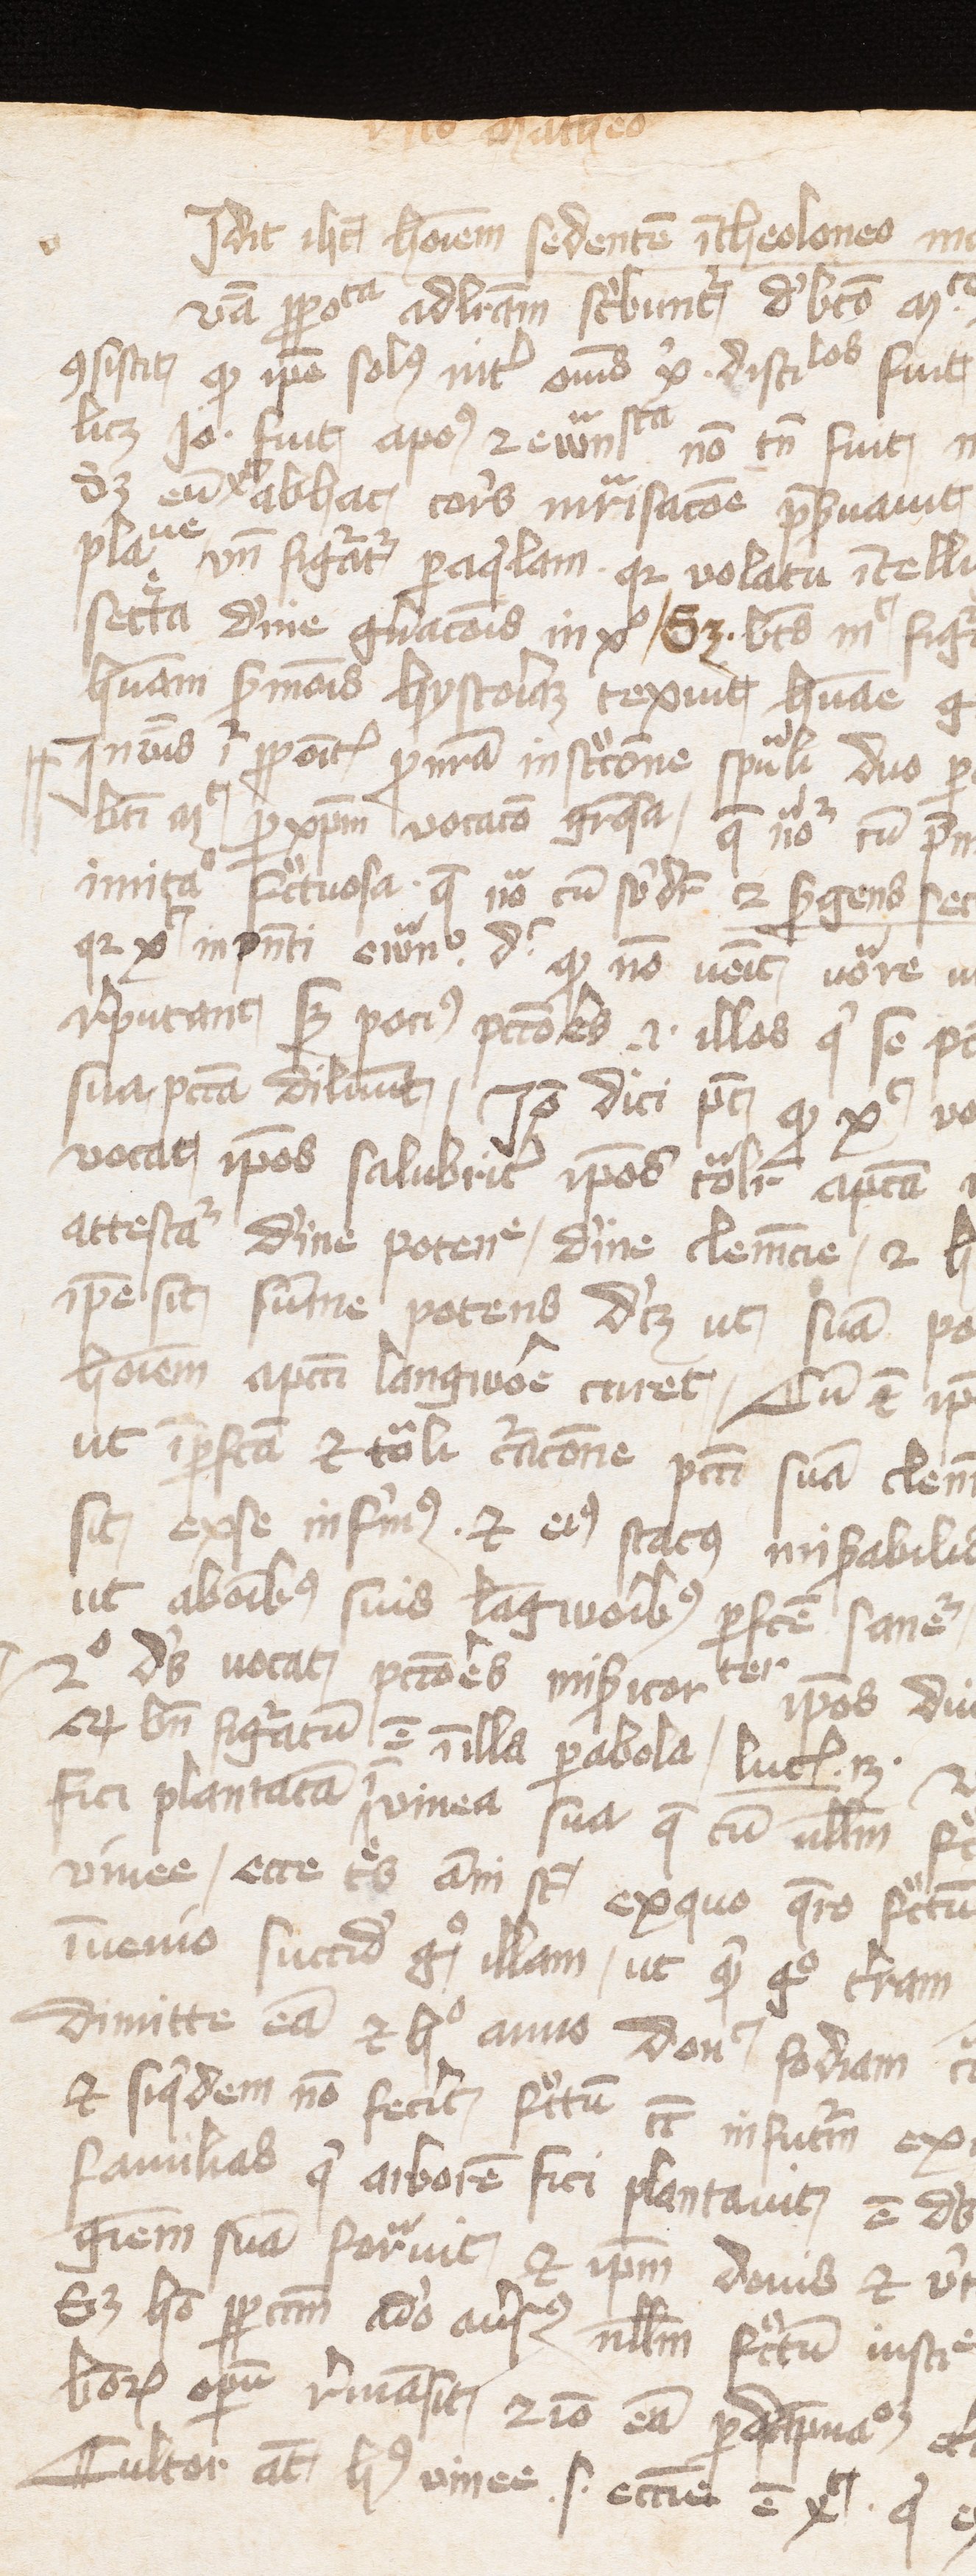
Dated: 1400–1415